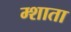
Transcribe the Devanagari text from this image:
म्शाता